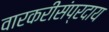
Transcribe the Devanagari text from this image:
वारकरीसंप्रदाय